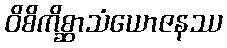
ဝိစိကိစ္ဆာသံယောဇနဿ